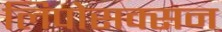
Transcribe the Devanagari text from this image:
लिपोसक्सन